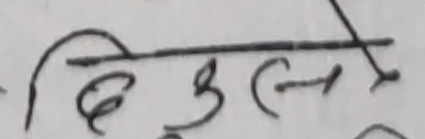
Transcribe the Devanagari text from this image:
बिलकुल